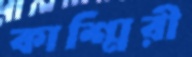
কাশ্মিরী